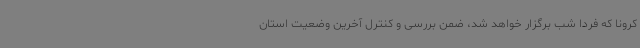
کرونا که فردا شب برگزار خواهد شد، ضمن بررسی و کنترل آخرین وضعیت استان